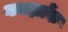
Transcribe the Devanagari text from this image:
कार्झोक